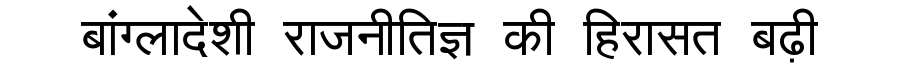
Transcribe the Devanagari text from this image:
बांग्लादेशी राजनीतिज्ञ की हिरासत बढ़ी